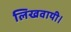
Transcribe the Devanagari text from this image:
लिखवायी।